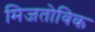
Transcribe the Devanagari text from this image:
मिजतोविक